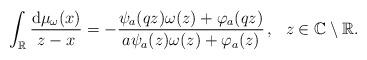
LaTeX: \begin{align*} \int_{\mathbb{R}}\frac{\mathrm{d}\mu_{\omega}(x)}{z-x} =-\frac{\psi_{a}(qz)\omega(z)+\varphi_{a}(qz)}{a\psi_{a}(z)\omega(z) +\varphi_{a}(z)}\,,\ \ z\in\mathbb{C}\setminus\mathbb{R}. \end{align*}